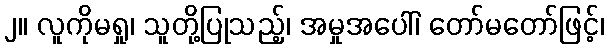
၂။ လူကိုမရှု၊ သူတို့ပြုသည့်၊ အမှုအပေါ်၊ တော်မတော်ဖြင့်၊